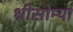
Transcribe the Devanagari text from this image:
श्रीसोम्या